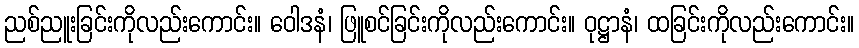
ညစ်ညူးခြင်းကိုလည်းကောင်း။ ဝေါဒနံ၊ ဖြူစင်ခြင်းကိုလည်းကောင်း။ ဝုဋ္ဌာနံ၊ ထခြင်းကိုလည်းကောင်း။